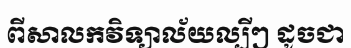
ពីសាលកវិទ្យាល័យល្បីៗ ដូចជា